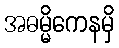
အဓမ္မိကေနမှိ